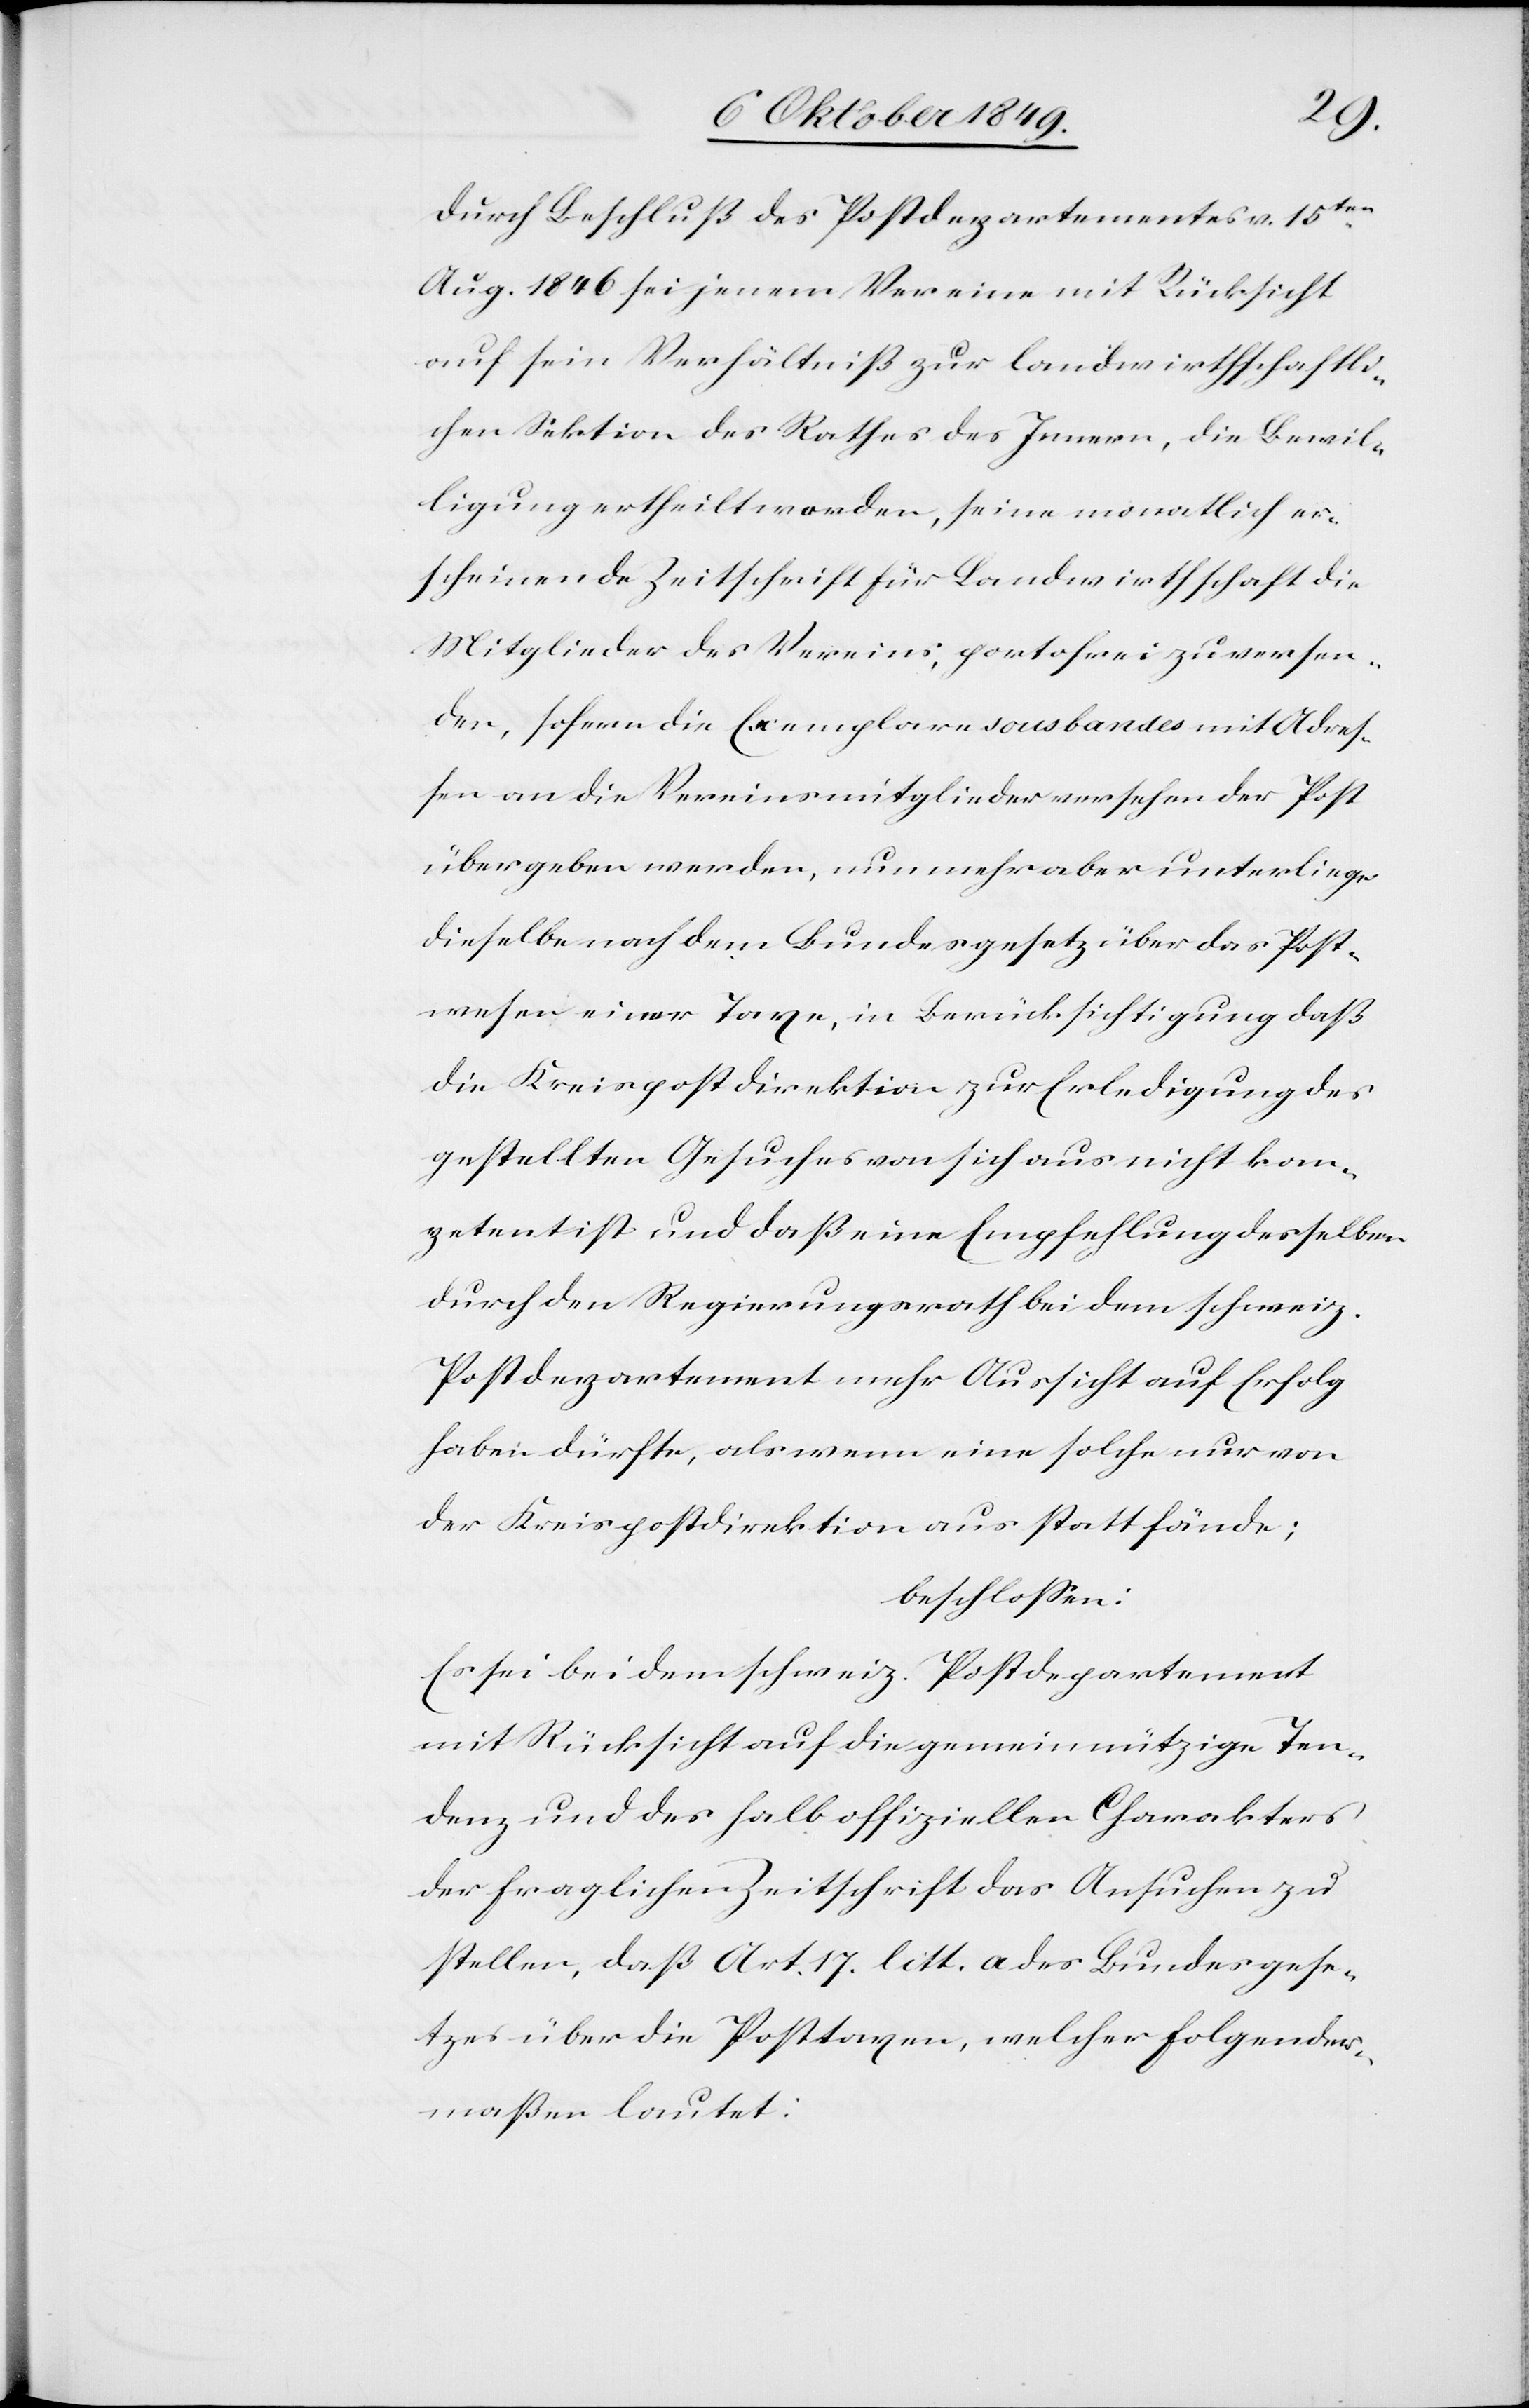
durch Beschluß des Postdepartementes v. 15ten
Aug. 1846 sei jenem Vereine mit Rücksicht
auf sein Verhältniß zur landwirthschaftli¬
chen Sektion des Rathes des Innern, die Bewil¬
ligung ertheilt worden, seine monatlich er¬
scheinende Zeitschrift für Landwirthschaft [an]
Mitglieder des Vereins; portofrei zu versen¬
den, sofern die Exemplare sous bandes mit Adres¬
sen an die Vereinsmitglieder versehen der Post
übergeben werden, nunmehr aber unterliege
dieselbe nach dem Bundesgesetz über das Post¬
wesen einer Taxe, in Berücksichtigung daß
die Kreispostdirektion, zur Erledigung des
gestellten Gesuches von sich aus nicht kom¬
petent ist und daß eine Empfehlung desselben
durch den Regierungsrath bei dem schweiz.
Postdepartement mehr Aussicht auf Erfolg
haben dürfte, als wenn eine solche nur von
der Kreispostdirektion aus stattfände;
beschloßen:
Es sei dem schweiz. Postdepartement
mit Rücksicht auf die gemeinnützige Ten¬
denz und deshalb offiziellen Charakters
der fraglichen Zeitschrift das Ansuchen zu
stellen, daß Art. 17 litt. a des Bundesgese¬
tzes über die Posttaxen, welcher folgender¬
maßen lautet: